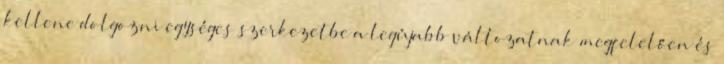
kellene dolgozni egységes szerkezetbe a legújabb változatnak megfelelően és